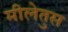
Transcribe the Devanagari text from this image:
मीलेतुस